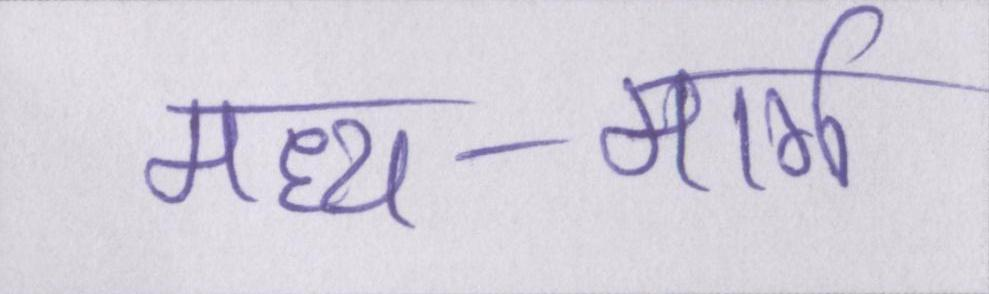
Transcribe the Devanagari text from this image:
मध्य-मार्ग